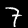
Label: 7